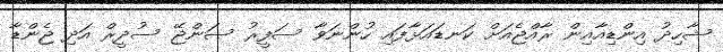
ޝާހިދު އިންޑިއާއިން ރާއްޖެއަށް ކަނޑައަޅާފައި ހުންނަވާ ސަފީރު ސަންޖޭ ސުދީރް އަދި ޖެންޑާ